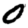
Digit: 0